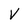
Character: V